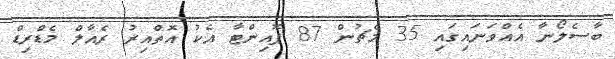
ބާސެލޯނާ އެއްވަނައިގައި 35 މެޗުން 87 ޕޮއިންޓާ އެކު އޮތްއިރު ރެއާލް މެޑްރިޑް